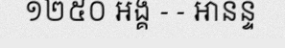
១២៥០ អង្គ - - អានន្ទ